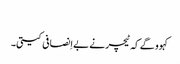
‏
کہوو گے کہ ٹیچر نے بےاِنصافی کیتی۔